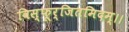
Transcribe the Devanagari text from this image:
विस्फूर्जितमिदम्।।